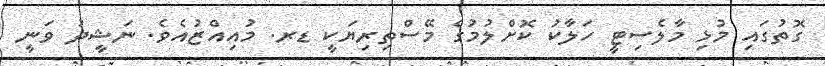
ގޮތުގައި މުޅި މާލެސިޓީ ހަލާކު ކޮށްލުމުގެ މޭސްތިރިޔަކީ ޑރ. މުއިއްޒުއެވެ. ނަޝީދު ވަނީ